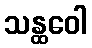
သန္ထဝေါ